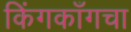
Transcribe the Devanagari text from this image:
किंगकाँगचा